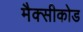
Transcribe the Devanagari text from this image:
मैक्सीकोड